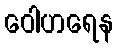
ဝေါဟရေန